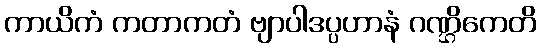
ကာယိကံ ကတာကတံ ဗျာပါဒပ္ပဟာနံ ဂဏ္ဌိကေတိ